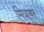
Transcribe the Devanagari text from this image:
मित्राबर